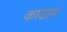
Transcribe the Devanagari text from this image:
काढावं